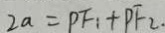
2 a = P F _ { 1 } + P F _ { 2 } .